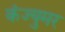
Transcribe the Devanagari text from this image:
कंज्युमर